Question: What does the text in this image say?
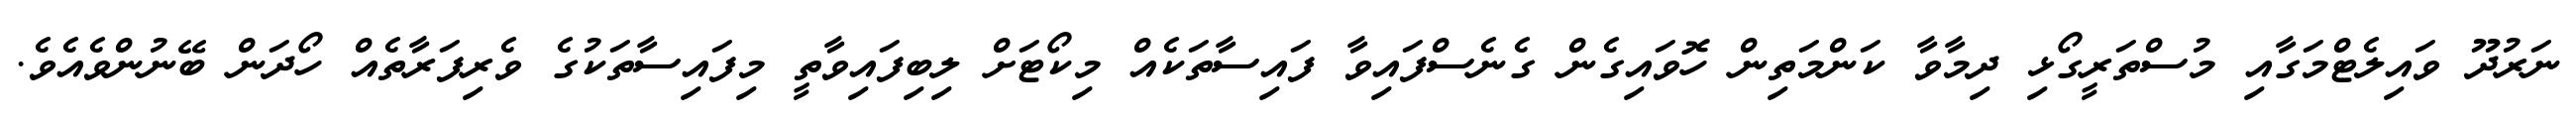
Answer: ނަރުދޫ ވައިލެޓްމަގާއި މުސްތަރީގޯޅި ދިމާވާ ކަންމަތިން ހޮވައިގެން ގެނެސްފައިވާ ފައިސާތަކެއް މިކޯޓަށް ލިބިފައިވާތީ މިފައިސާތަކުގެ ވެރިފަރާތެއް ހޯދަން ބޭނުންވެއެވެ.